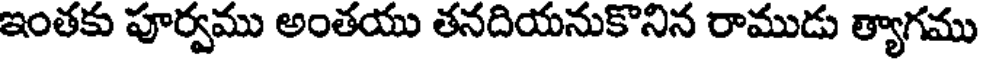
ఇంతకు పూర్వము అంతయు తనదియనుకొనిన రాముడు త్యాగము